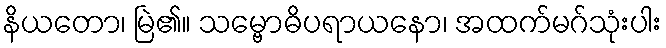
နိယတော၊ မြဲ၏။ သမ္ဗောဓိပရာယနော၊ အထက်မဂ်သုံးပါး